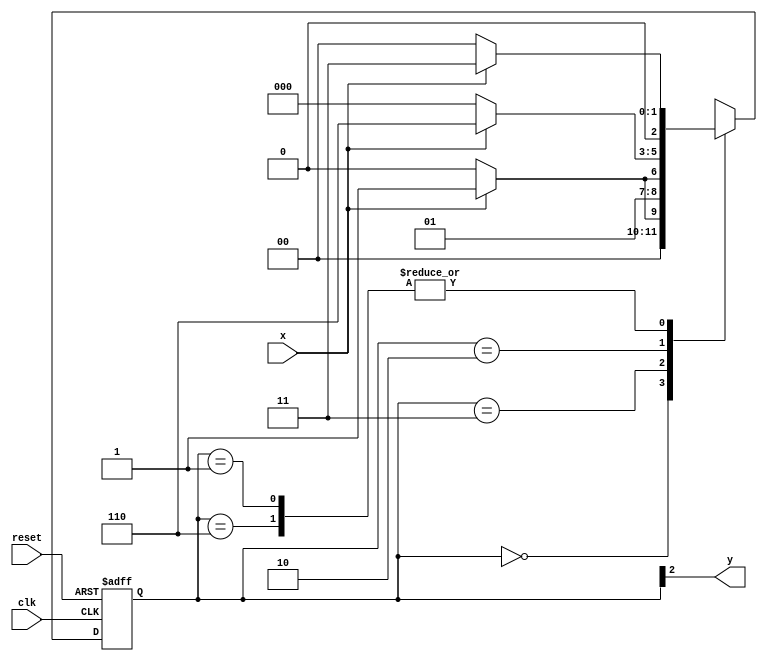
//  Aluno: Julio Machado

// -------------- 
// --- Moore FSM 
// -------------- 

/* 
                                 Moore FSM Diagram 
                           _____________________________ 
                          /                             \ 
         1          1     v     0            1        1 | // found 
[start] ---> [id1] ---> [id11] ---> [id110] ---> [id1101] 
 ^ \0         0 |        1/ ^           0 |       0 | 
 \_/           /         \__/             |         | 
  \___________/                          /          | 
   \                                    /          / 
    \__________________________________/          / 
     \                                           / 
      \_________________________________________/ 

*/
 
// constant definition 
`define found 1 
`define notfound 0 

// FSM by Moore 
module moore1101 ( y, x, clk, reset ); 
output y; 
input x; 
input clk; 
input reset; 

reg y; 

parameter // state identifiers 
start = 3'b000, 
id1 = 3'b001, 
id11 = 3'b011, 
id110 = 3'b010, 

id1101 = 3'b110; // signal found 
reg [2:0] E1; // current state variables 
reg [2:0] E2; // next state logic output 

// next state logic 
always @( x or E1 ) 
begin 
case( E1 ) 
start: 
if ( x ) 
E2 = id1; 
else 
E2 = start; 
id1: 
if ( x ) 
E2 = id11; 
else 
E2 = start; 
id11: 
if ( x ) 
E2 = id11; 
else 
E2 = id110; 
id110: 
if ( x ) 
E2 = id1101; 
else 
E2 = start; 
id1101: 
if ( x ) 
E2 = id11; 
else 
E2 = start; 
default: // undefined statee 
E2 = 3'bxxx; 
endcase 
end // always at signal or state changing 

// state variables 
always @( posedge clk or negedge reset ) 
begin 
if ( reset ) 
E1 = E2; // updates current state 
else 
E1 = 0; // reset 
end // always at signal changing 
// output logic 
always @( E1 ) 
begin 
y = E1[2]; // first bit of state value 
end // always at state changing 

endmodule // moore1101